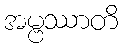
အမ္ဗဿာတိ